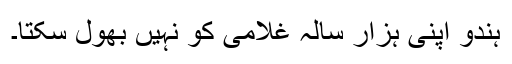
ہندو اپنی ہزار سالہ غلامی کو نہیں بھول سکتا۔